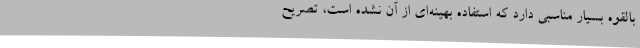
بالقوه بسیار مناسبی دارد که استفاده بهینه‌ای از آن نشده است، تصریح